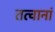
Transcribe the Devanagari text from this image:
तत्वानां